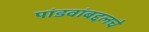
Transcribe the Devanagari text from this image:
पांडवांबद्दलचे